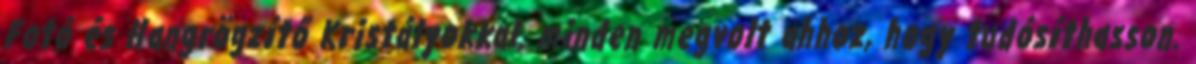
Fotó és Hangrögzítő Kristályokkal. minden megvolt ahhoz, hogy tudósíthasson.